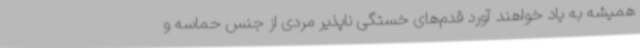
همیشه به یاد خواهند آورد قدم‌های خستگی ناپذیر مردی از جنس حماسه و